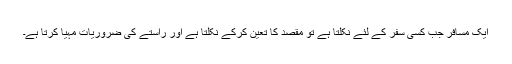
ایک مسافر جب کسی سفر کے لئے نکلتا ہے تو مقصد کا تعین کرکے نکلتا ہے اور راستے کی ضروریات مہیا کرتا ہے۔